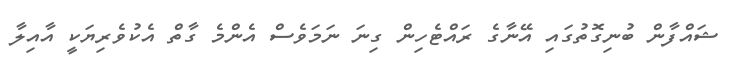
ޝައްފާން ބުނިގޮތުގައި އޭނާގެ ރައްޓެހިން ގިނަ ނަމަވެސް އެންމެ ގާތް އެކުވެރިޔަކީ އާއިލާ